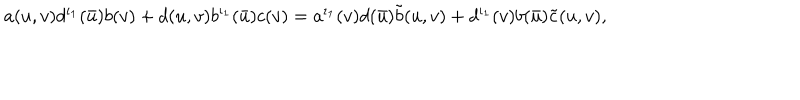
a ( u , v ) d ^ { \iota _ { 1 } } ( \bar { u } ) b ( v ) + d ( u , v ) b ^ { \iota _ { 1 } } ( \bar { u } ) c ( v ) = a ^ { \iota _ { 1 } } ( v ) d ( \bar { u } ) \tilde { b } ( u , v ) + d ^ { \iota _ { 1 } } ( v ) b ( \bar { u } ) \tilde { c } ( u , v ) ,